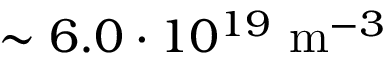
\sim 6 . 0 \cdot 1 0 ^ { 1 9 } ~ \mathrm { m } ^ { - 3 }